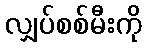
လျှပ်စစ်မီးကို